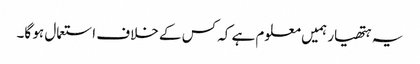
یہ ہتھیار ہمیں معلوم ہے کہ کس کے خلاف استعمال ہو گا۔